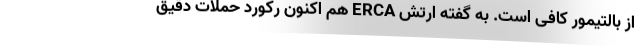
از بالتیمور کافی است. به گفته ارتش ERCA هم اکنون رکورد حملات دقیق